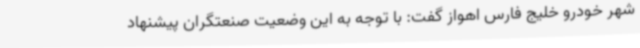
شهر خودرو خلیج فارس اهواز گفت: با توجه به این وضعیت صنعتگران پیشنهاد